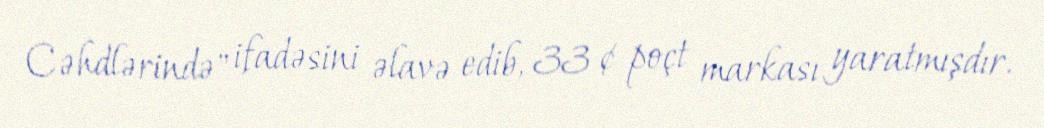
Cəhdlərində" ifadəsini əlavə edib, 33 ¢ poçt markası yaratmışdır.